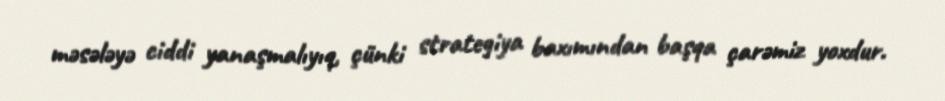
məsələyə ciddi yanaşmalıyıq, çünki strategiya baxımından başqa çarəmiz yoxdur.